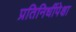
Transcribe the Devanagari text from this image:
प्रतिनिधींपेक्षा